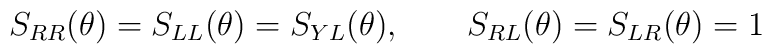
S_{RR}(\theta )=S_{LL}(\theta )=S_{YL}(\theta ),\qquad S_{RL}(\theta)=S_{LR}(\theta )=1